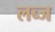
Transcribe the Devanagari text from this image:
लब्ज